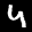
Label: 4